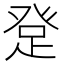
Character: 𤼯